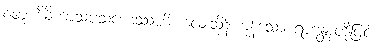
စတူဟိခိကာသပသဟေဿဟိ၊ လေးသိန်းကုန်သော ရဟန္တာတို့ဖြင့်။